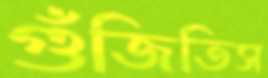
গুঁজিতিস